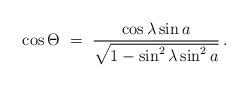
LaTeX: \begin{align*}\cos\Theta\ =\ \frac{\cos\lambda\sin a}{\sqrt{1-\sin^2\lambda \sin^2a}}\,.\end{align*}